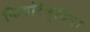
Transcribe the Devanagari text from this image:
फियोरेन्टिना